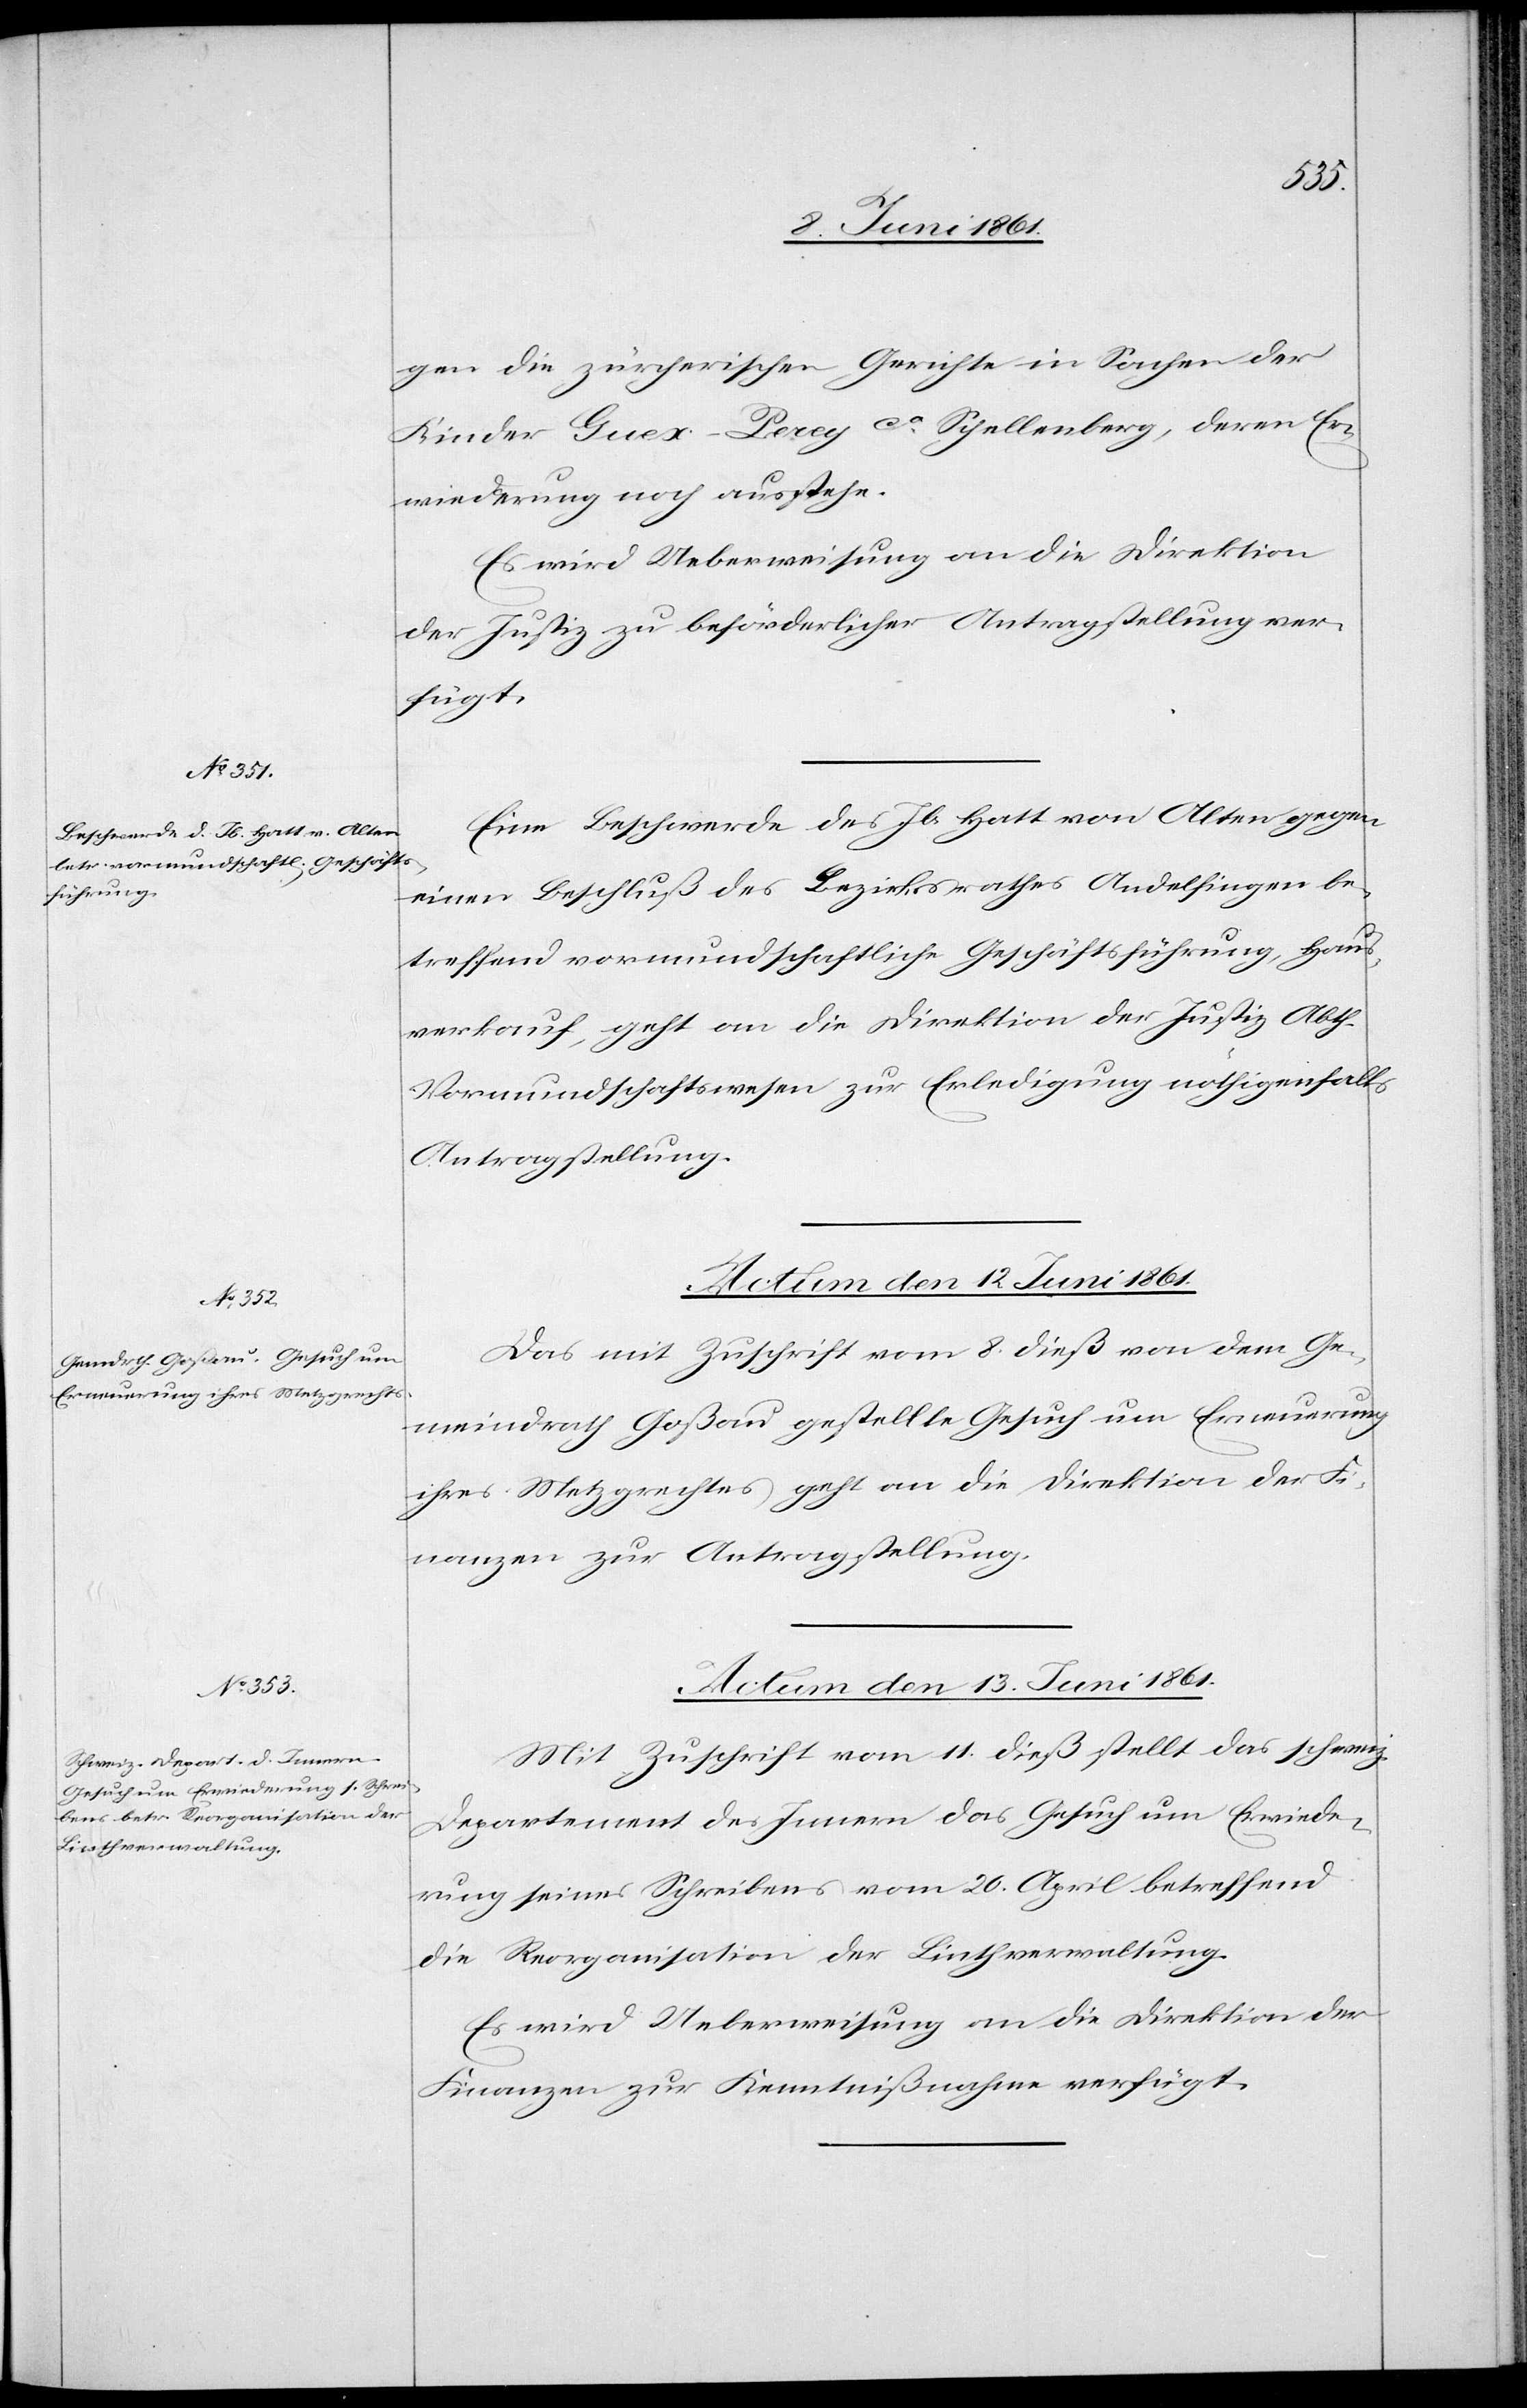
gen die zürcherischen Gerichte in Sachen der
Kinder Guex-Perey co. Schellenberg, deren Er¬
wiederung noch ausstehe.
Es wird Ueberweisung an die Direktion
der Justiz zu beförderlicher Antragstellung ver¬
fügt.
Eine Beschwerde des Jb. Hatt von Alten gegen
einen Beschluß des Bezirksrathes Andelfingen be¬
treffend vormundschaftliche Geschäftsführung, Haus¬
verkauf, geht an die Direktion der Justiz Abth.
Vormundschaftswesen zur Erledigung nöthigenfalls
Antragstellung.
Actum den 13. Juni 1861.
Das mit Zuschrift vom 8. dieß von dem Ge¬
meindrath Goßau gestellte Gesuch um Erneuerung
ihres Metzgrechtes geht an die Direktion der Fi¬
nanzen zur Antragstellung.
Mit Zuschrift vom 11. dieß stellt das schweiz.
Departement des Innern das Gesuch um Erwiede¬
rung seines Schreibens vom 20. April betreffend
die Reorganisation der Linthverwaltung.
Es wird Ueberweisung an die Direktion der
Finanzen zur Kenntnißnahme verfügt.